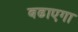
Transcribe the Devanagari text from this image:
बढाएगा